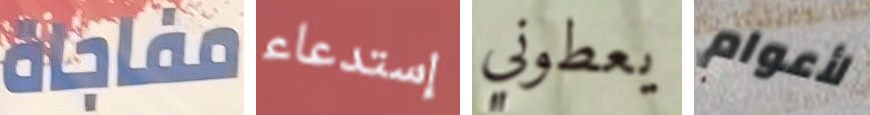
مفاجاة إستدعاء يعطوني لأعوام